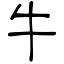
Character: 牛